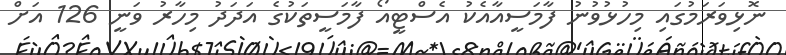
ނޮޅިވަރަމުގައި މިހުޅުވުނު ފާމަސީއާއެކު އެސްޓީއޯ ފާމަސީތަކުގެ އަދަދު މިހާރު ވަނީ 126 އަށް